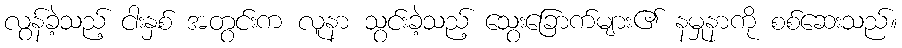
လွန်ခဲ့သည့် ငါးနှစ် အတွင်းက လူနာ သွင်းခဲ့သည့် သွေးခြောက်များ၏ နမှုနာကို စစ်ဆေးသည်။